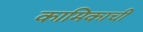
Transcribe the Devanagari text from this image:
कामिकाची